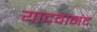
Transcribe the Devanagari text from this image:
यादवानंद